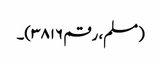
(مسلم، رقم ۳۸۱۶)۔